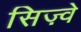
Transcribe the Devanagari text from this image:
सिज़्वे